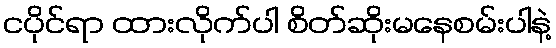
ငပိုင်ရာ ထားလိုက်ပါ စိတ်ဆိုးမနေစမ်းပါနဲ့